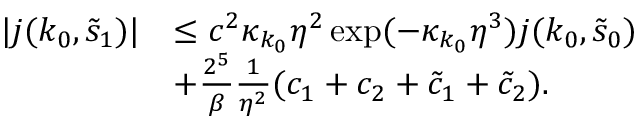
\begin{array} { r l } { \vert j ( k _ { 0 } , \tilde { s } _ { 1 } ) \vert } & { \le c ^ { 2 } \kappa _ { k _ { 0 } } \eta ^ { 2 } \exp ( - \kappa _ { k _ { 0 } } \eta ^ { 3 } ) j ( k _ { 0 } , \tilde { s } _ { 0 } ) } \\ & { + \frac { 2 ^ { 5 } } \beta \frac 1 { \eta ^ { 2 } } ( c _ { 1 } + c _ { 2 } + \tilde { c } _ { 1 } + \tilde { c } _ { 2 } ) . } \end{array}